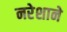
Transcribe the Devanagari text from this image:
नरेशाने